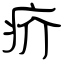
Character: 疥